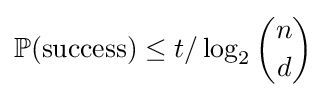
\mathbb {P} ({\textrm {success}})\leq t/\log _{2}{n \choose d}